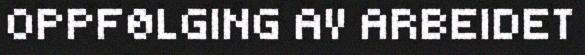
OPPFØLGING AV ARBEIDET